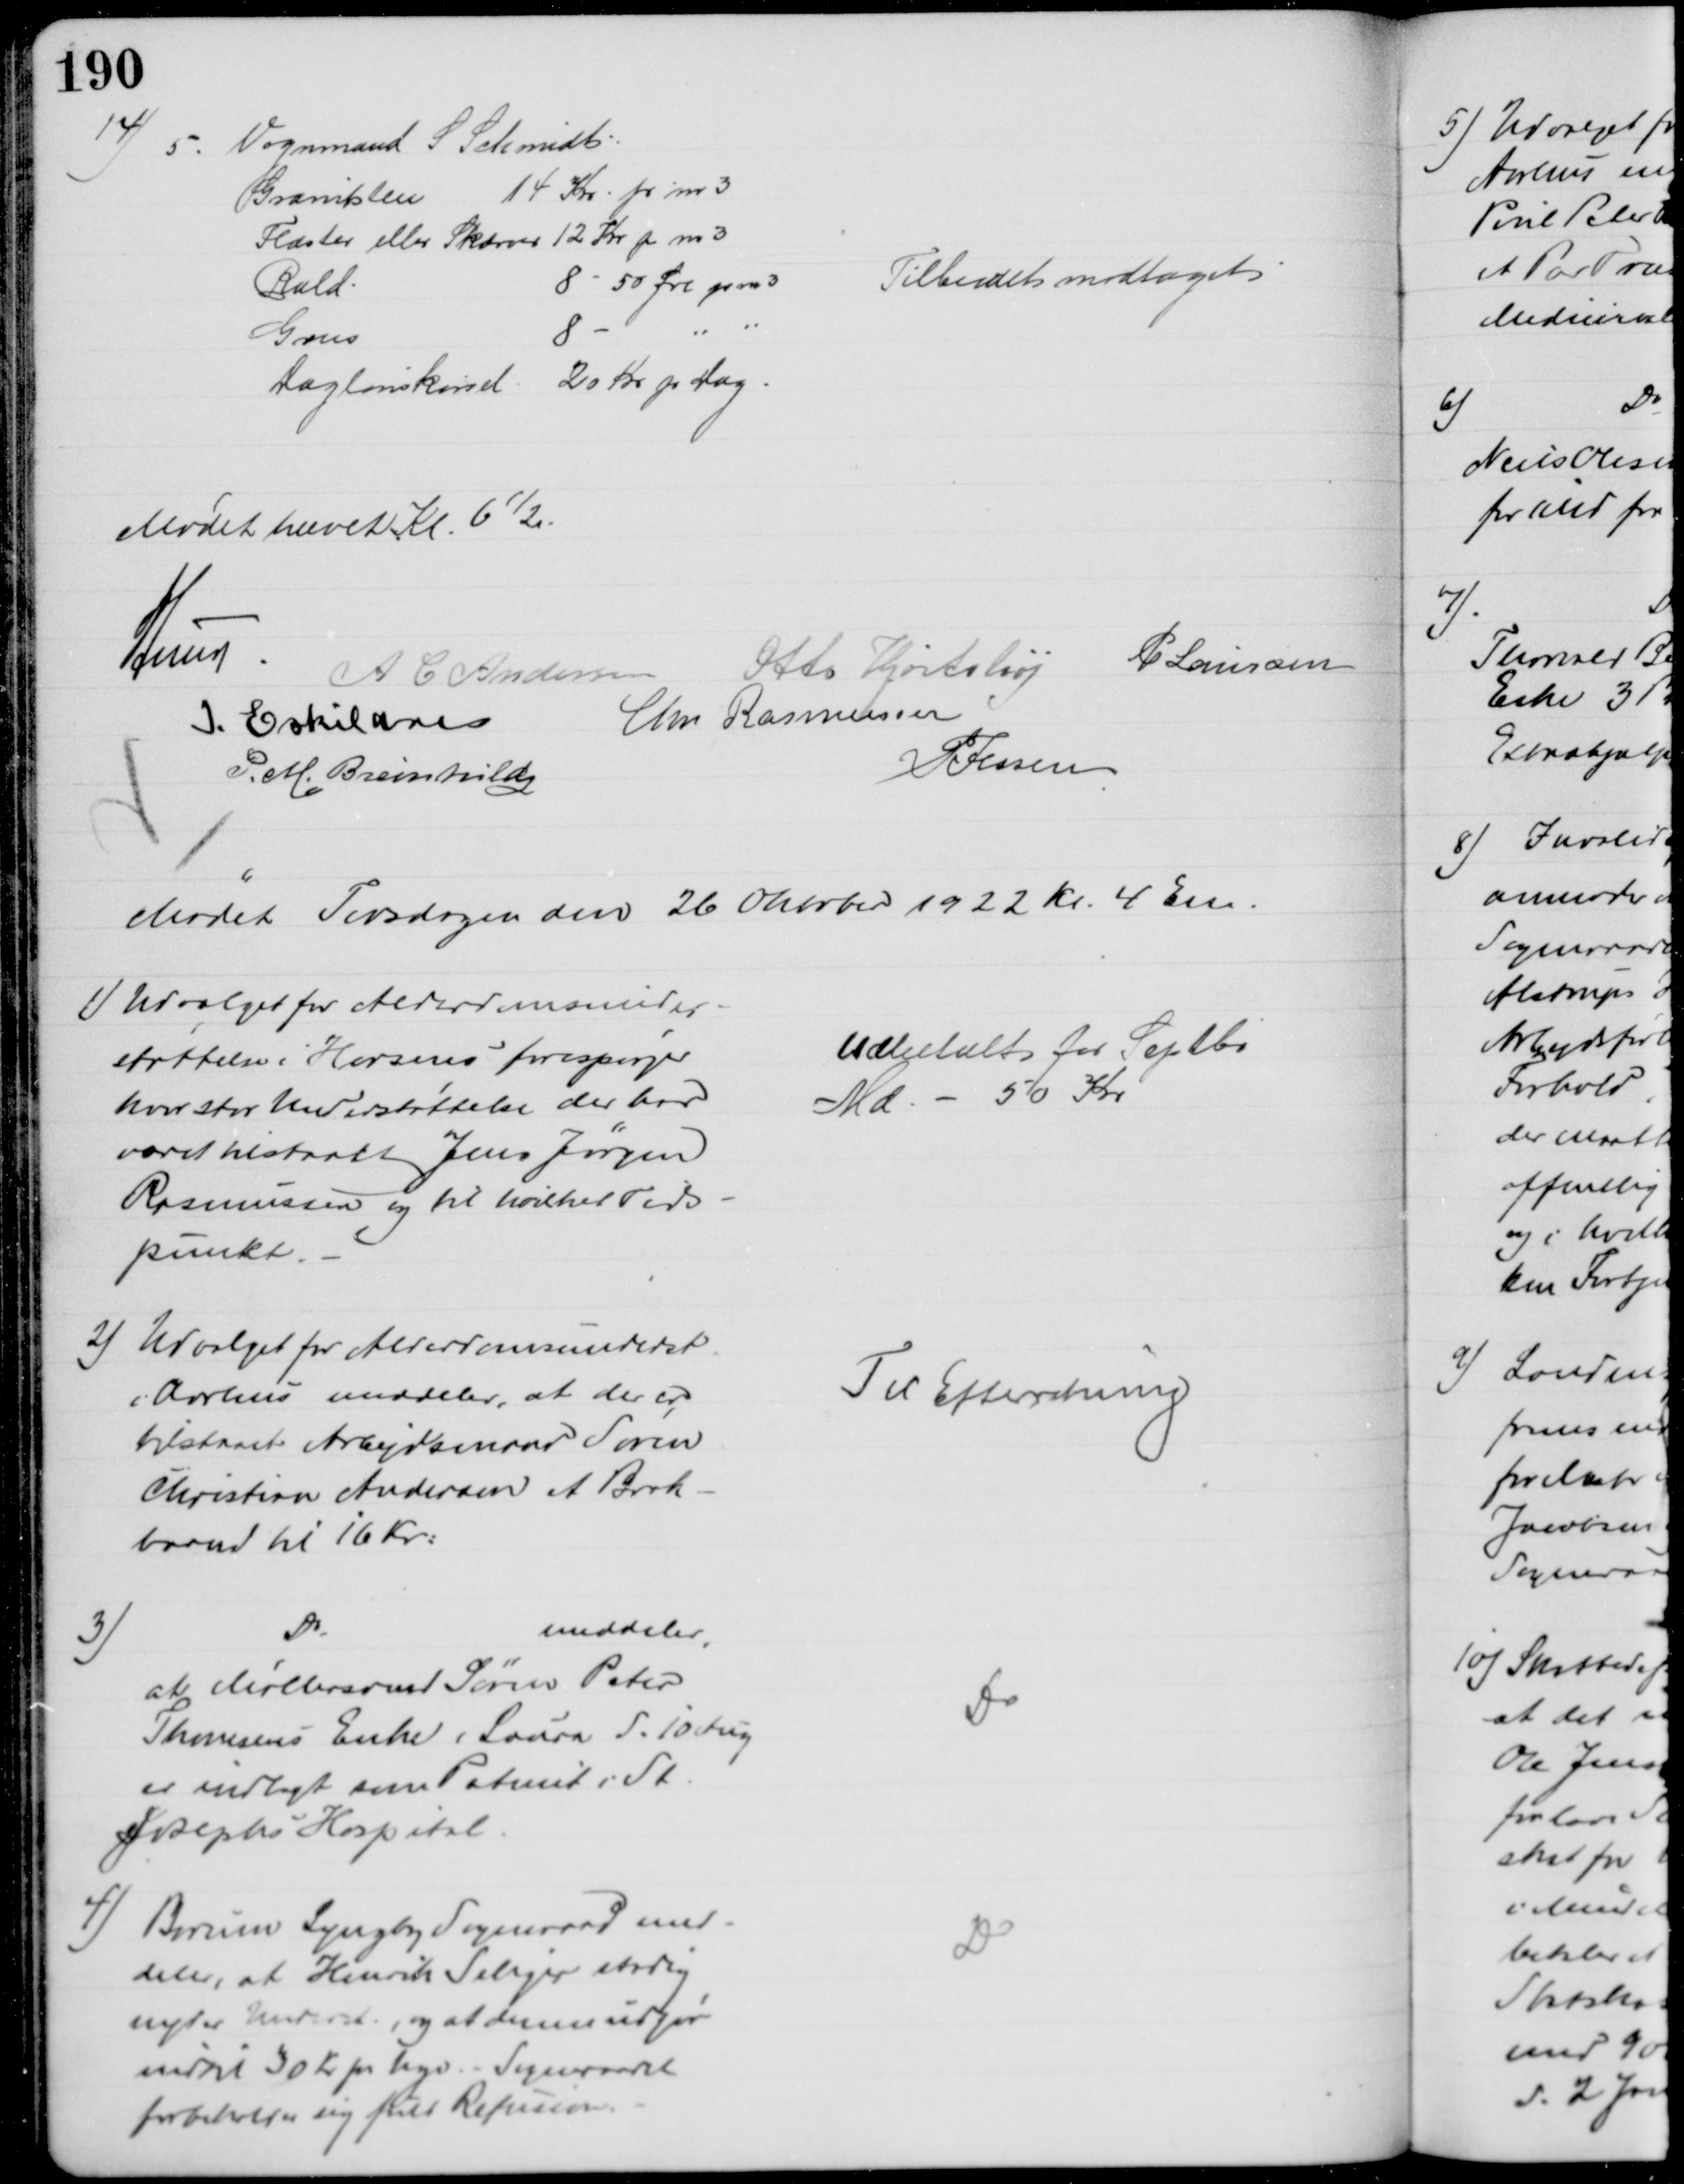
Transskription:
14)
5.
Vognmand S. Schmidt
Granitsten
14 Kr. pr m3
Flaster eller Skærver 12 Kr pr m3
Rald
8 - 50 Øre pr m3
Tilbudet modtaget
Grus
8
Daglønskørsel 20 Kr pr Dag
Mødet hævet Kl. 6½
A Lund
A C Andersen
Otto Hjortshøj
P Laursen
I. Eskildsen
Chr Rasmussen
P. M. Breinhild
P Jessen
Mødet Tirsdagen den 26 Oktober 1922 Kl. 4 Em.
1) Udvalget for Alderdomsunder-
støttelse i Horsens forespørger
hvor stor Understøttelse der har
været tilstaaet Jens Jørgen
Rasmussen og til hvilket Tids-
punkt.
Udbetalt for Septbr
Md. - 50 Kr
2) Udvalget for Alderdomsunderst.
i Aarhus meddeler, at der er
tilstaaet Arbejdsmand Søren
Christian Andersen et Brok-
baand til 16 Kr:
Til Efteretning
3)
Do
meddeler,
at Møllersvend Søren Peter
Thomsens Enke, Laura d. 10 Aug
er indlagt som Patient i St.
Josephs Hospital.
Do
4) Borum Lyngby Sogneraad med-
deler, at Henrik Seliger stadig
nyder Underst., og at denne udgør
indtil 30 Kr pr Uge. - Sogneraadet
forbeholder sig fuld Revision
Do